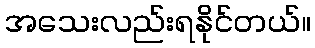
အသေးလည်းရနိုင်တယ်။